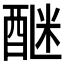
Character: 𨡅